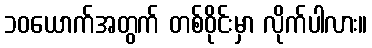
၁၀ယောက်အတွက် တစ်ဝိုင်းမှာ လိုက်ပါလား။